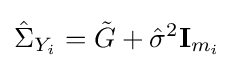
{\hat {\Sigma }}_{Y_{i}}={\tilde {G}}+{\hat {\sigma }}^{2}\mathbf {I} _{m_{i}}